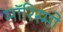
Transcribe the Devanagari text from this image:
मॉरिस्मो